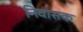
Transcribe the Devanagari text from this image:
निवासक